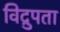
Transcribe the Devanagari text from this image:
विद्रुपता